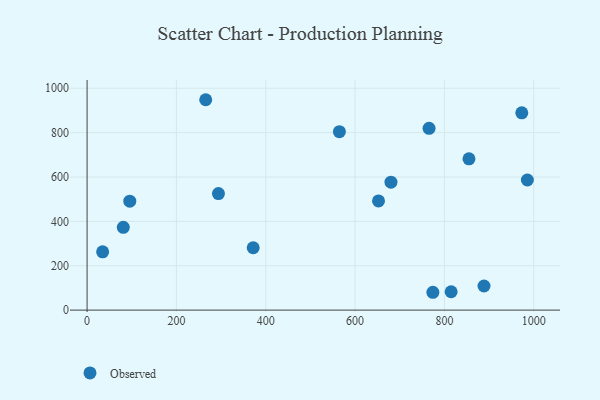
{"axis": {"x": "Ad Spend", "y": "Salary"}, "legend": ["Observed"], "data": [{"x": "774.2", "y": 80.4, "type": "Observed"}, {"x": "855.0", "y": 681.8, "type": "Observed"}, {"x": "815.1", "y": 82.7, "type": "Observed"}, {"x": "985.8", "y": 586.4, "type": "Observed"}, {"x": "765.7", "y": 819.2, "type": "Observed"}, {"x": "81.1", "y": 373.3, "type": "Observed"}, {"x": "95.6", "y": 491.0, "type": "Observed"}, {"x": "294.1", "y": 525.4, "type": "Observed"}, {"x": "680.4", "y": 576.7, "type": "Observed"}, {"x": "371.9", "y": 281.0, "type": "Observed"}, {"x": "652.5", "y": 492.1, "type": "Observed"}, {"x": "564.9", "y": 804.2, "type": "Observed"}, {"x": "34.8", "y": 262.5, "type": "Observed"}, {"x": "265.6", "y": 948.3, "type": "Observed"}, {"x": "888.7", "y": 108.7, "type": "Observed"}, {"x": "973.3", "y": 889.1, "type": "Observed"}]}